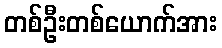
တစ်ဦးတစ်ယောက်အား